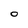
Character: O